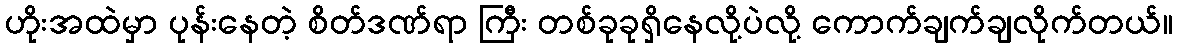
ဟိုးအထဲမှာ ပုန်းနေတဲ့ စိတ်ဒဏ်ရာ ကြီး တစ်ခုခုရှိနေလို့ပဲလို့ ကောက်ချက်ချလိုက်တယ်။